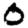
Digit: 0